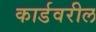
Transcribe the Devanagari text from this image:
कार्डवरील